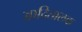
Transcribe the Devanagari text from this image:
आदितालक